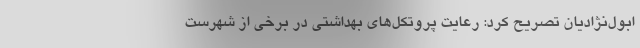
ابول‌نژادیان تصریح کرد: رعایت پروتکل‌های بهداشتی در برخی از شهرست